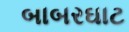
બાબરઘાટ